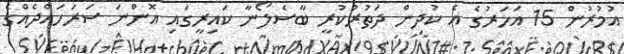
އުމުރުން 15 އަހަރުގެ އެ ކުދިން ދަތުރުކުރީ ބާސެލޯނާ ކައިރީގައި އޮންނަ ސަރަހައްދެއްގެ